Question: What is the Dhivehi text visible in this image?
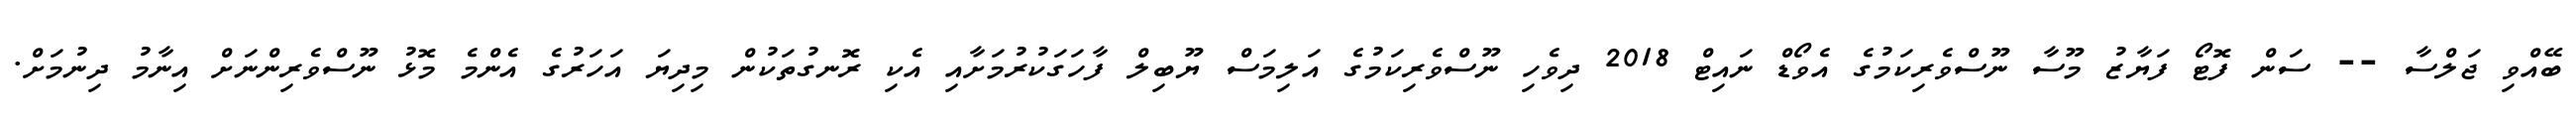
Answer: ބޭއްވި ޖަލްސާ -- ސަން ފޮޓޯ ފަޔާޒު މޫސާ ނޫސްވެރިކަމުގެ އެވޯޑް ނައިޓް 2018 ދިވެހި ނޫސްވެރިކަމުގެ އަލިމަސް ޔޫބިލް ފާހަގަކުރުމަށާއި އެކި ރޮނގުތަކުން މިދިޔަ އަހަރުގެ އެންމެ މޮޅު ނޫސްވެރިންނަށް އިނާމު ދިނުމަށް.